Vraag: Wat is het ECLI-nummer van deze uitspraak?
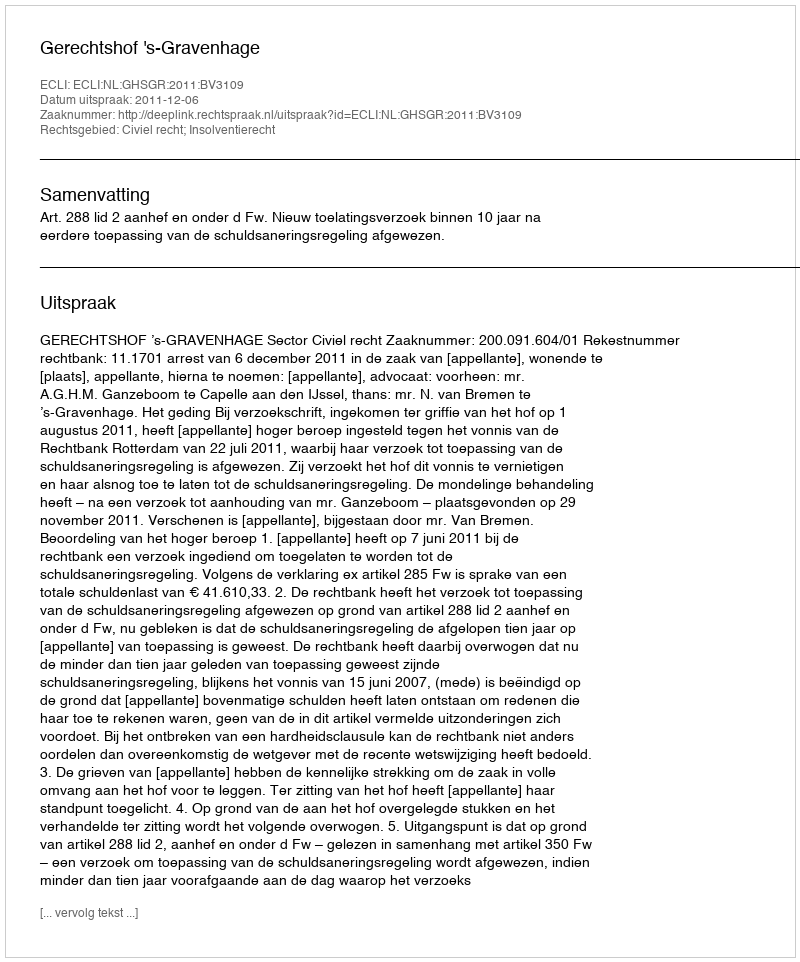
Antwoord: ECLI:NL:GHSGR:2011:BV3109